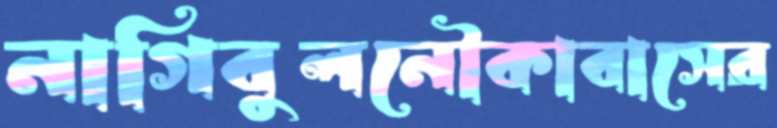
নাগিবুলনৌকাবাসের